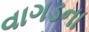
વાગડના